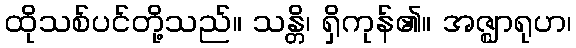
ထိုသစ်ပင်တို့သည်။ သန္တိ၊ ရှိကုန်၏။ အဇ္ဈာရုဟ၊